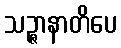
သဉ္ဇာနာတိပေ